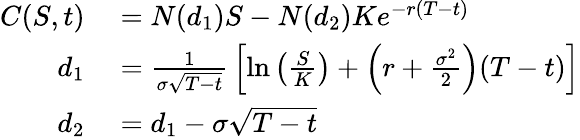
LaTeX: \begin{array}{rl}{C(S,t)}&{{}=N(d_{1})S-N(d_{2})Ke^{-r(T-t)}}\\ {d_{1}}&{{}={\frac{1}{\sigma{\sqrt{T-t}}}}\left[\ln\left({\frac{S}{K}}\right)+\left(r+{\frac{\sigma^{2}}{2}}\right)(T-t)\right]}\\ {d_{2}}&{{}=d_{1}-\sigma{\sqrt{T-t}}}\end{array}